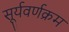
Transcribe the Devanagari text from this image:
सूर्यवर्णक्रम